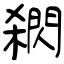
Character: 閷